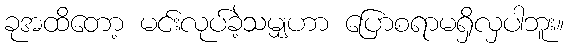
ခုအထိတော့ မင်းလုပ်ခဲ့သမျှဟာ ပြောစရာမရှိလှပါဘူး။